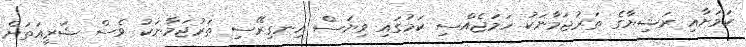
ކަމަށާއި ރަޝިޔާގެ ތަރުޖަމާނަކު ހަމަޖެއްސި ކަމުގައި ވިޔަސް އިނގިރޭސި ތަރުޖަމާނަކު ވެސް ޝަރީއަތަށް